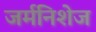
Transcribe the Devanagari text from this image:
जर्मनिशेज